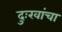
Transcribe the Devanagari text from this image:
दुःखांचा